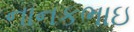
નાનકભાઇ